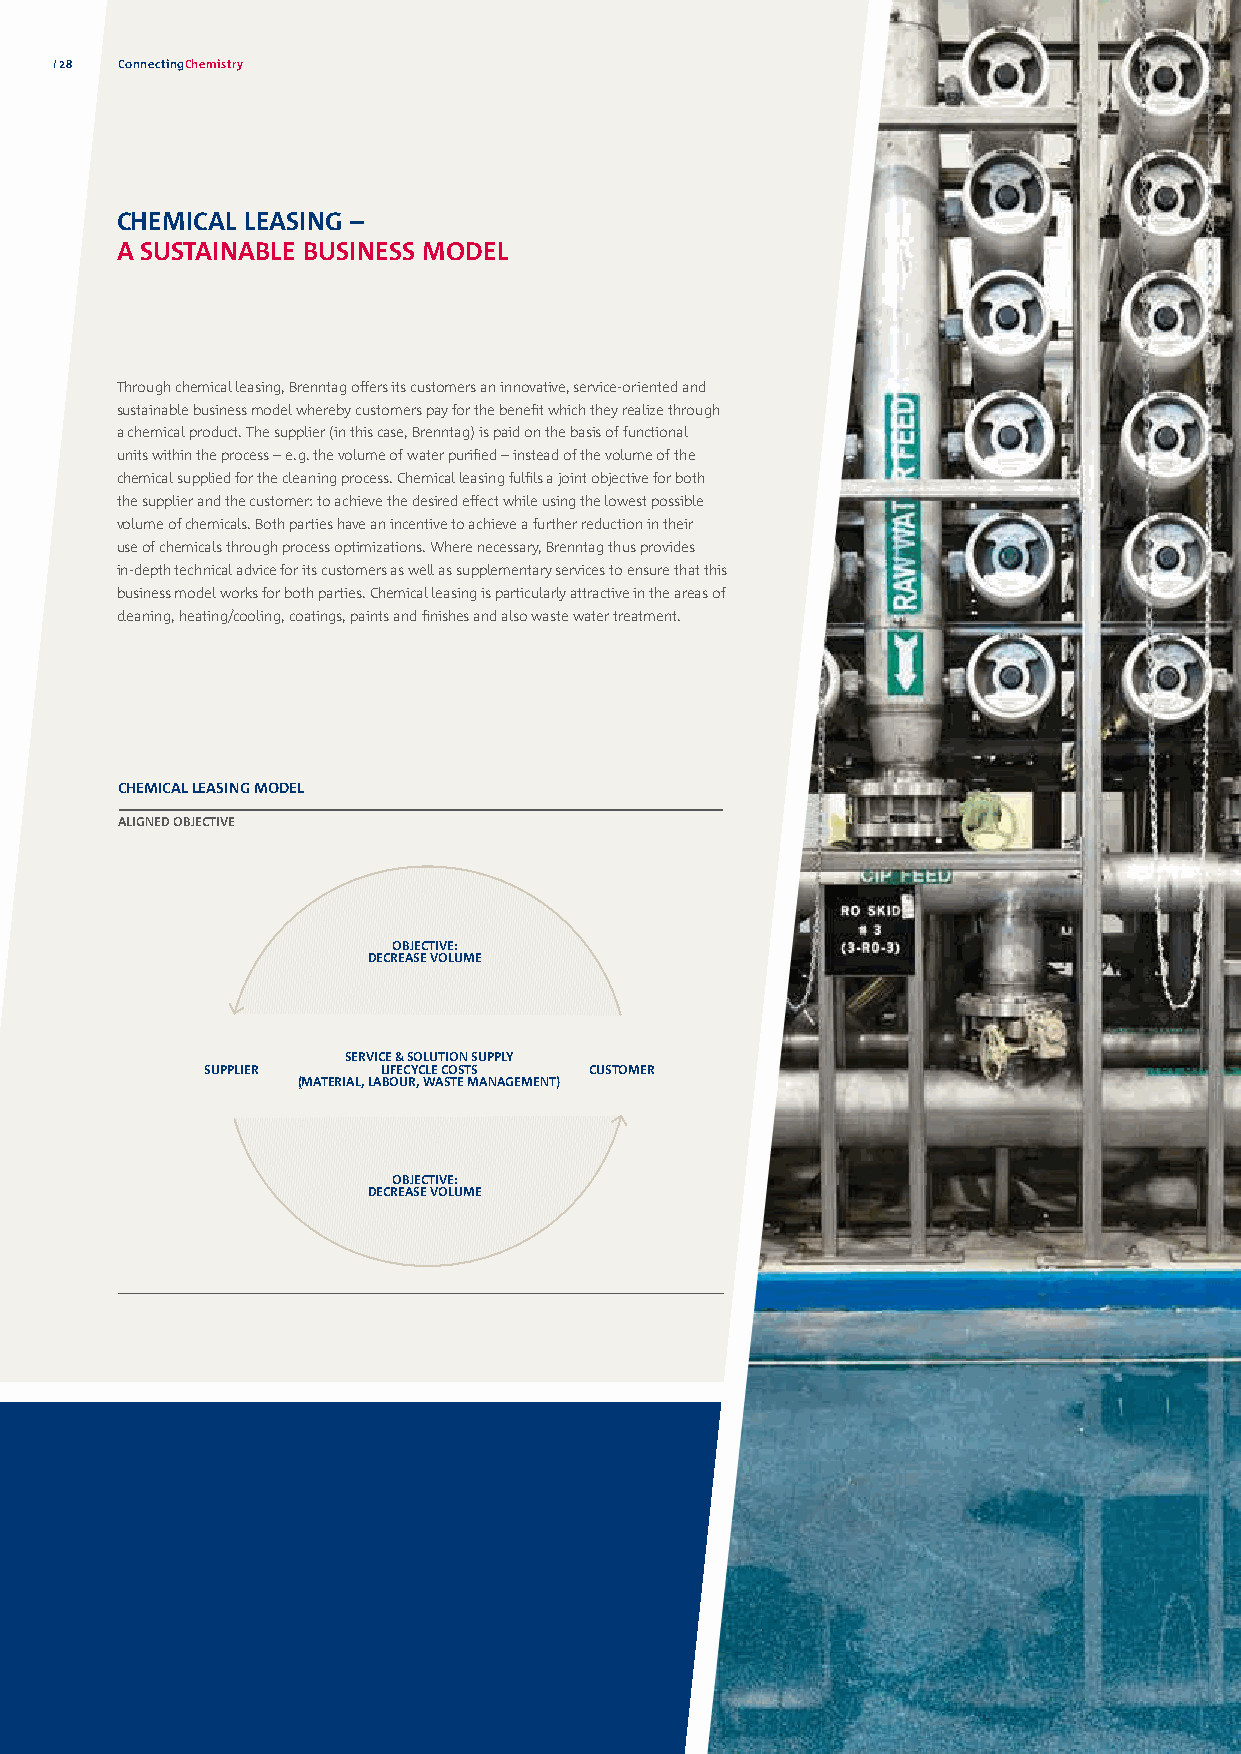
28  ConnectingChemistry
 CHEMICAL LEASING –
 A SUSTAINABLE BUSINESS MODEL
 Through chemical leasing, Brenntag offers its customers an innovative, service-oriented and
 sustainable business model whereby customers pay for the benefit which they realize through
 a chemical product. The supplier (in this case, Brenntag) is paid on the basis of functional
 units within the process – e. g. the volume of water purified – instead of the volume of the
 chemical supplied for the cleaning process. Chemical leasing fulfils a joint objective for both
 the supplier and the customer: to achieve the desired effect while using the lowest possible
 volume of c hemicals. Both parties have an incentive to achieve a further reduction in their
 use of chemicals through process optimizations. Where necessary, Brenntag thus provides
 in-depth technical advice for its customers as well as supplementary services to ensure that this
 business model works for both parties. Chemical leasing is particularly attractive in the areas of
 cleaning, heating/cooling, coatings, paints and finishes and also waste water treatment.
 CHEMICAL LEASING MODEL
 ALIGNED OBJECTIVE
 OBJECTIVE:
 DECREASE VOLUME
 SERVICE & SOLUTION SUPPLY
 SUPPLIER   LIFECYCLE COSTS CUSTOMER
 (MATERIAL, LABOUR, WASTE MANAGEMENT)
 OBJECTIVE:
 DECREASE VOLUME